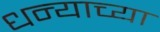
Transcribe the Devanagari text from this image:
धन्याच्या